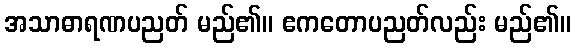
အသာဓာရဏပညတ် မည်၏။ ဧကတောပညတ်လည်း မည်၏။